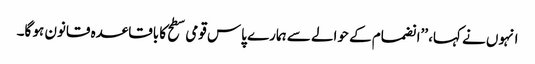
انہوں نے کہا، ’’انضمام کے حوالے سے ہمارے پاس قومی سطح کا باقاعدہ قانون ہو گا۔